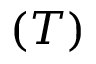
( T )